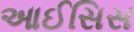
આઈસિસ